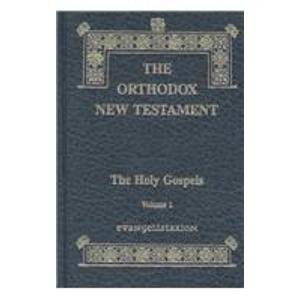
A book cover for The Orthodox New Testament (The Holy Gospels); Holy Apostles Convent; Religion & Spirituality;